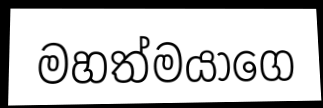
මහත්මයාගෙ